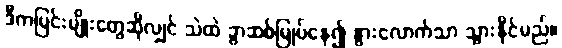
ဒီကမြင်းမျိုးတွေဆိုလျှင် သဲထဲ ခွာဆစ်မြုပ်နေ၍ နွားလောက်သာ သွားနိုင်မည်။